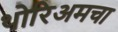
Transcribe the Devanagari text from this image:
थोरिअमचा